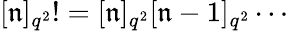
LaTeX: \lbrack\mathfrak{n}]_{q^{2}}!=[\mathfrak{n}]_{q^{2}}[\mathfrak{n}-1]_{q^{2}}\cdots